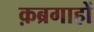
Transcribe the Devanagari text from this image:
क़ब्रगाहों